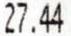
27.44